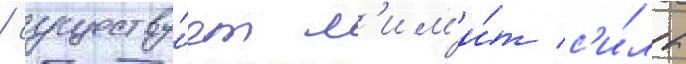
/ существу́ет л'им'и́т с'и́лы